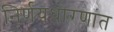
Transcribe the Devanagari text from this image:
निर्णयधोरणांत